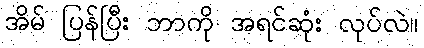
အိမ် ပြန်ပြီး ဘာကို အရင်ဆုံး လုပ်လဲ။